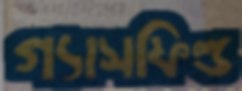
গ্যাসফিল্ড